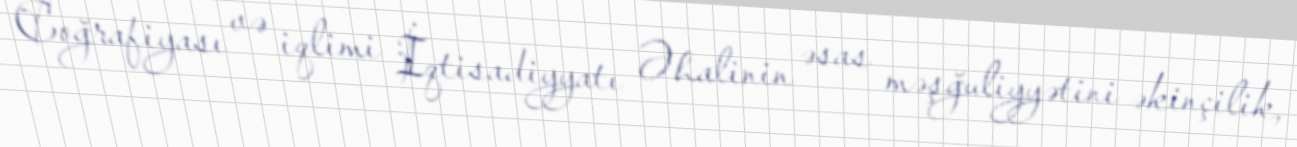
Coğrafiyası və iqlimi İqtisadiyyatı Əhalinin əsas məşğuliyyətini əkinçilik,